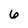
Character: 6